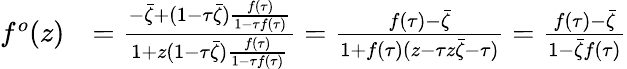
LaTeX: \begin{array}{rl}{f^{o}(z)}&{=\frac{-\bar{\zeta}+(1-\tau\bar{\zeta})\frac{f(\tau)}{1-\tau f(\tau)}}{1+z(1-\tau\bar{\zeta})\frac{f(\tau)}{1-\tau f(\tau)}}=\frac{f(\tau)-\bar{\zeta}}{1+f(\tau)(z-\tau z\bar{\zeta}-\tau)}=\frac{f(\tau)-\bar{\zeta}}{1-\bar{\zeta}f(\tau)}}\end{array}